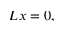
L x = 0 ,